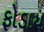
ફોડાય